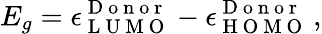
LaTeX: E_{g}=\epsilon_{\mathrm{~L~U~M~O~}}^{\mathrm{~D~o~n~o~r~}}-\epsilon_{\mathrm{~H~O~M~O~}}^{\mathrm{~D~o~n~o~r~}}\, ,